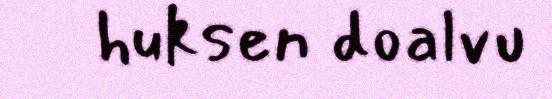
huksen doalvu